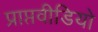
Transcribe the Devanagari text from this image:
प्राप्तवीडियो